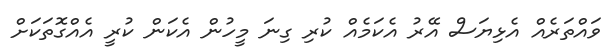
ވައްތަރެއް އެޅިޔަސް އޭރު އެކަމެއް ކުރި ގިނަ މީހުން އެކަން ކުރީ އެއްގޮތަކަށް